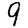
Digit: 9